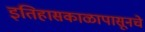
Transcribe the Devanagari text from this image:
इतिहासकाळापासूनचे